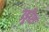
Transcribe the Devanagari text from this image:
उड्डीश